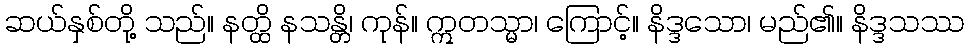
ဆယ်နှစ်တို့ သည်။ နတ္ထိ နသန္တိ၊ ကုန်။ ဣတသ္မာ၊ ကြောင့်။ နိဒ္ဒသော၊ မည်၏။ နိဒ္ဒသဿ